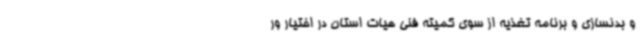
و بدنسازی و برنامه تغذیه از سوی کمیته فنی هیات استان در اختیار ور